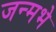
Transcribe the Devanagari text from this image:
जन्मभे